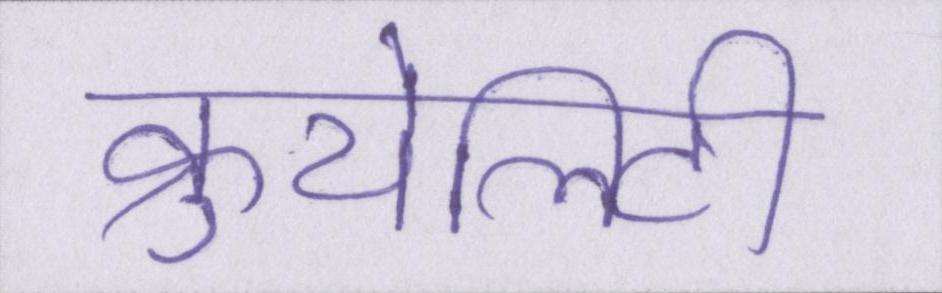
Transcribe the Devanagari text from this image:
क्रुयेलिटी